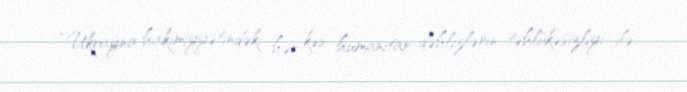
“Ukrayna hakimiyyətindəki hər kəs humanitar dəhlizlərin təhlükəsizliyi ilə